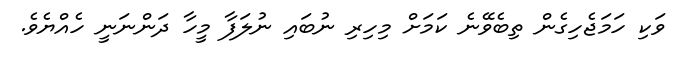
ވަކި ހަމަޖެހިގެން ތިބެވޭނެ ކަމަށް މިހިރި ނުބައި ނުލަފާ މީހާ ދަންނަނީ ހެއްޔެވެ.